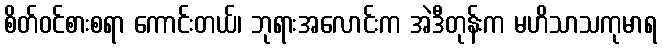
စိတ်ဝင်စားစရာ ကောင်းတယ်၊ ဘုရားအလောင်းက အဲဒီတုန်းက မဟိသာသကုမာရ